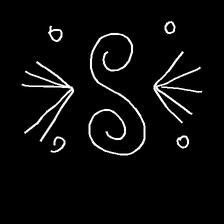
Glyph: aeroform